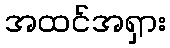
အထင်အရှား